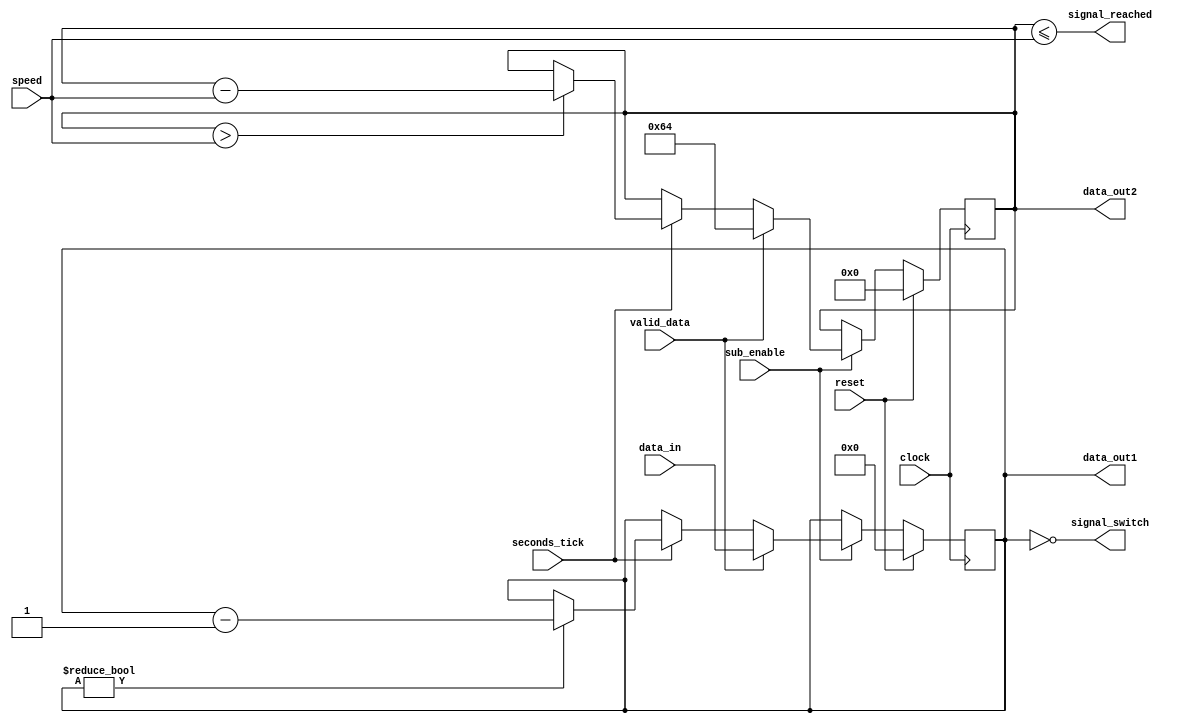
`timescale 1ns / 1ps
//////////////////////////////////////////////////////////////////////////////////
// Company: 
// Engineer: 
// 
// Design Name: 
// Module Name:    subtractor 
// Project Name: 
// Target Devices: 
// Tool versions: 
// Description: 
//
// Dependencies: 
//
// Revision: 
// Revision 0.01 - File Created
// Additional Comments: 
//
//////////////////////////////////////////////////////////////////////////////////
module subtractor(data_out1,data_out2,signal_switch,signal_reached,data_in,speed,seconds_tick,valid_data,sub_enable,clock,reset);
  input sub_enable;
  input clock,reset,seconds_tick,valid_data;
  input [5:0]data_in;
  input [5:0]speed;
  output reg [5:0]data_out1;
  output reg [13:0] data_out2;
  output signal_reached;
  output signal_switch;
  
  assign signal_switch = (data_out1 == 6'h00);
  assign signal_reached = (data_out2<=speed);
  
  always @(posedge clock)
  begin
    if(reset)
	 begin
	   data_out1 <= 6'h00;
		data_out2 <= 14'h0000; 
	 end
	 else if (sub_enable==1'b1)
	 begin
      if(valid_data)
	   begin
	     data_out1 <= data_in;
		  data_out2 <= 14'd100;
	   end
	   else if(seconds_tick)
	   begin
		  if(data_out1 != 6'h00)
	       data_out1 <= (data_out1 - 1'b1);
		  if((data_out2 > speed))
		    data_out2 <= (data_out2 - speed);
	   end
      else
      begin	 
        data_out1 <= data_out1;
		  data_out2 <= data_out2;
      end	
    end
	 else
      begin	 
        data_out1 <= data_out1;
		  data_out2 <= data_out2;
      end
  end

endmodule